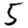
Digit: 5